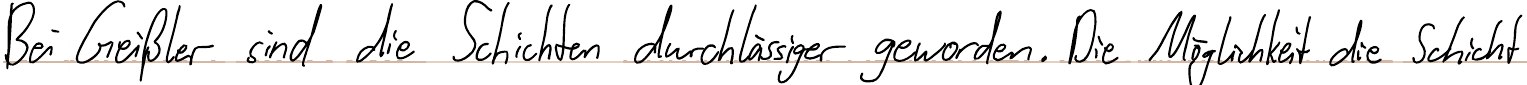
Bei Geißler sind die Schichten durchlässiger geworden. Die Möglichkeit die Schicht